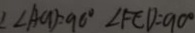
\angle A C D = 9 0 ^ { \circ } \angle F E D = 9 0 ^ { \circ }